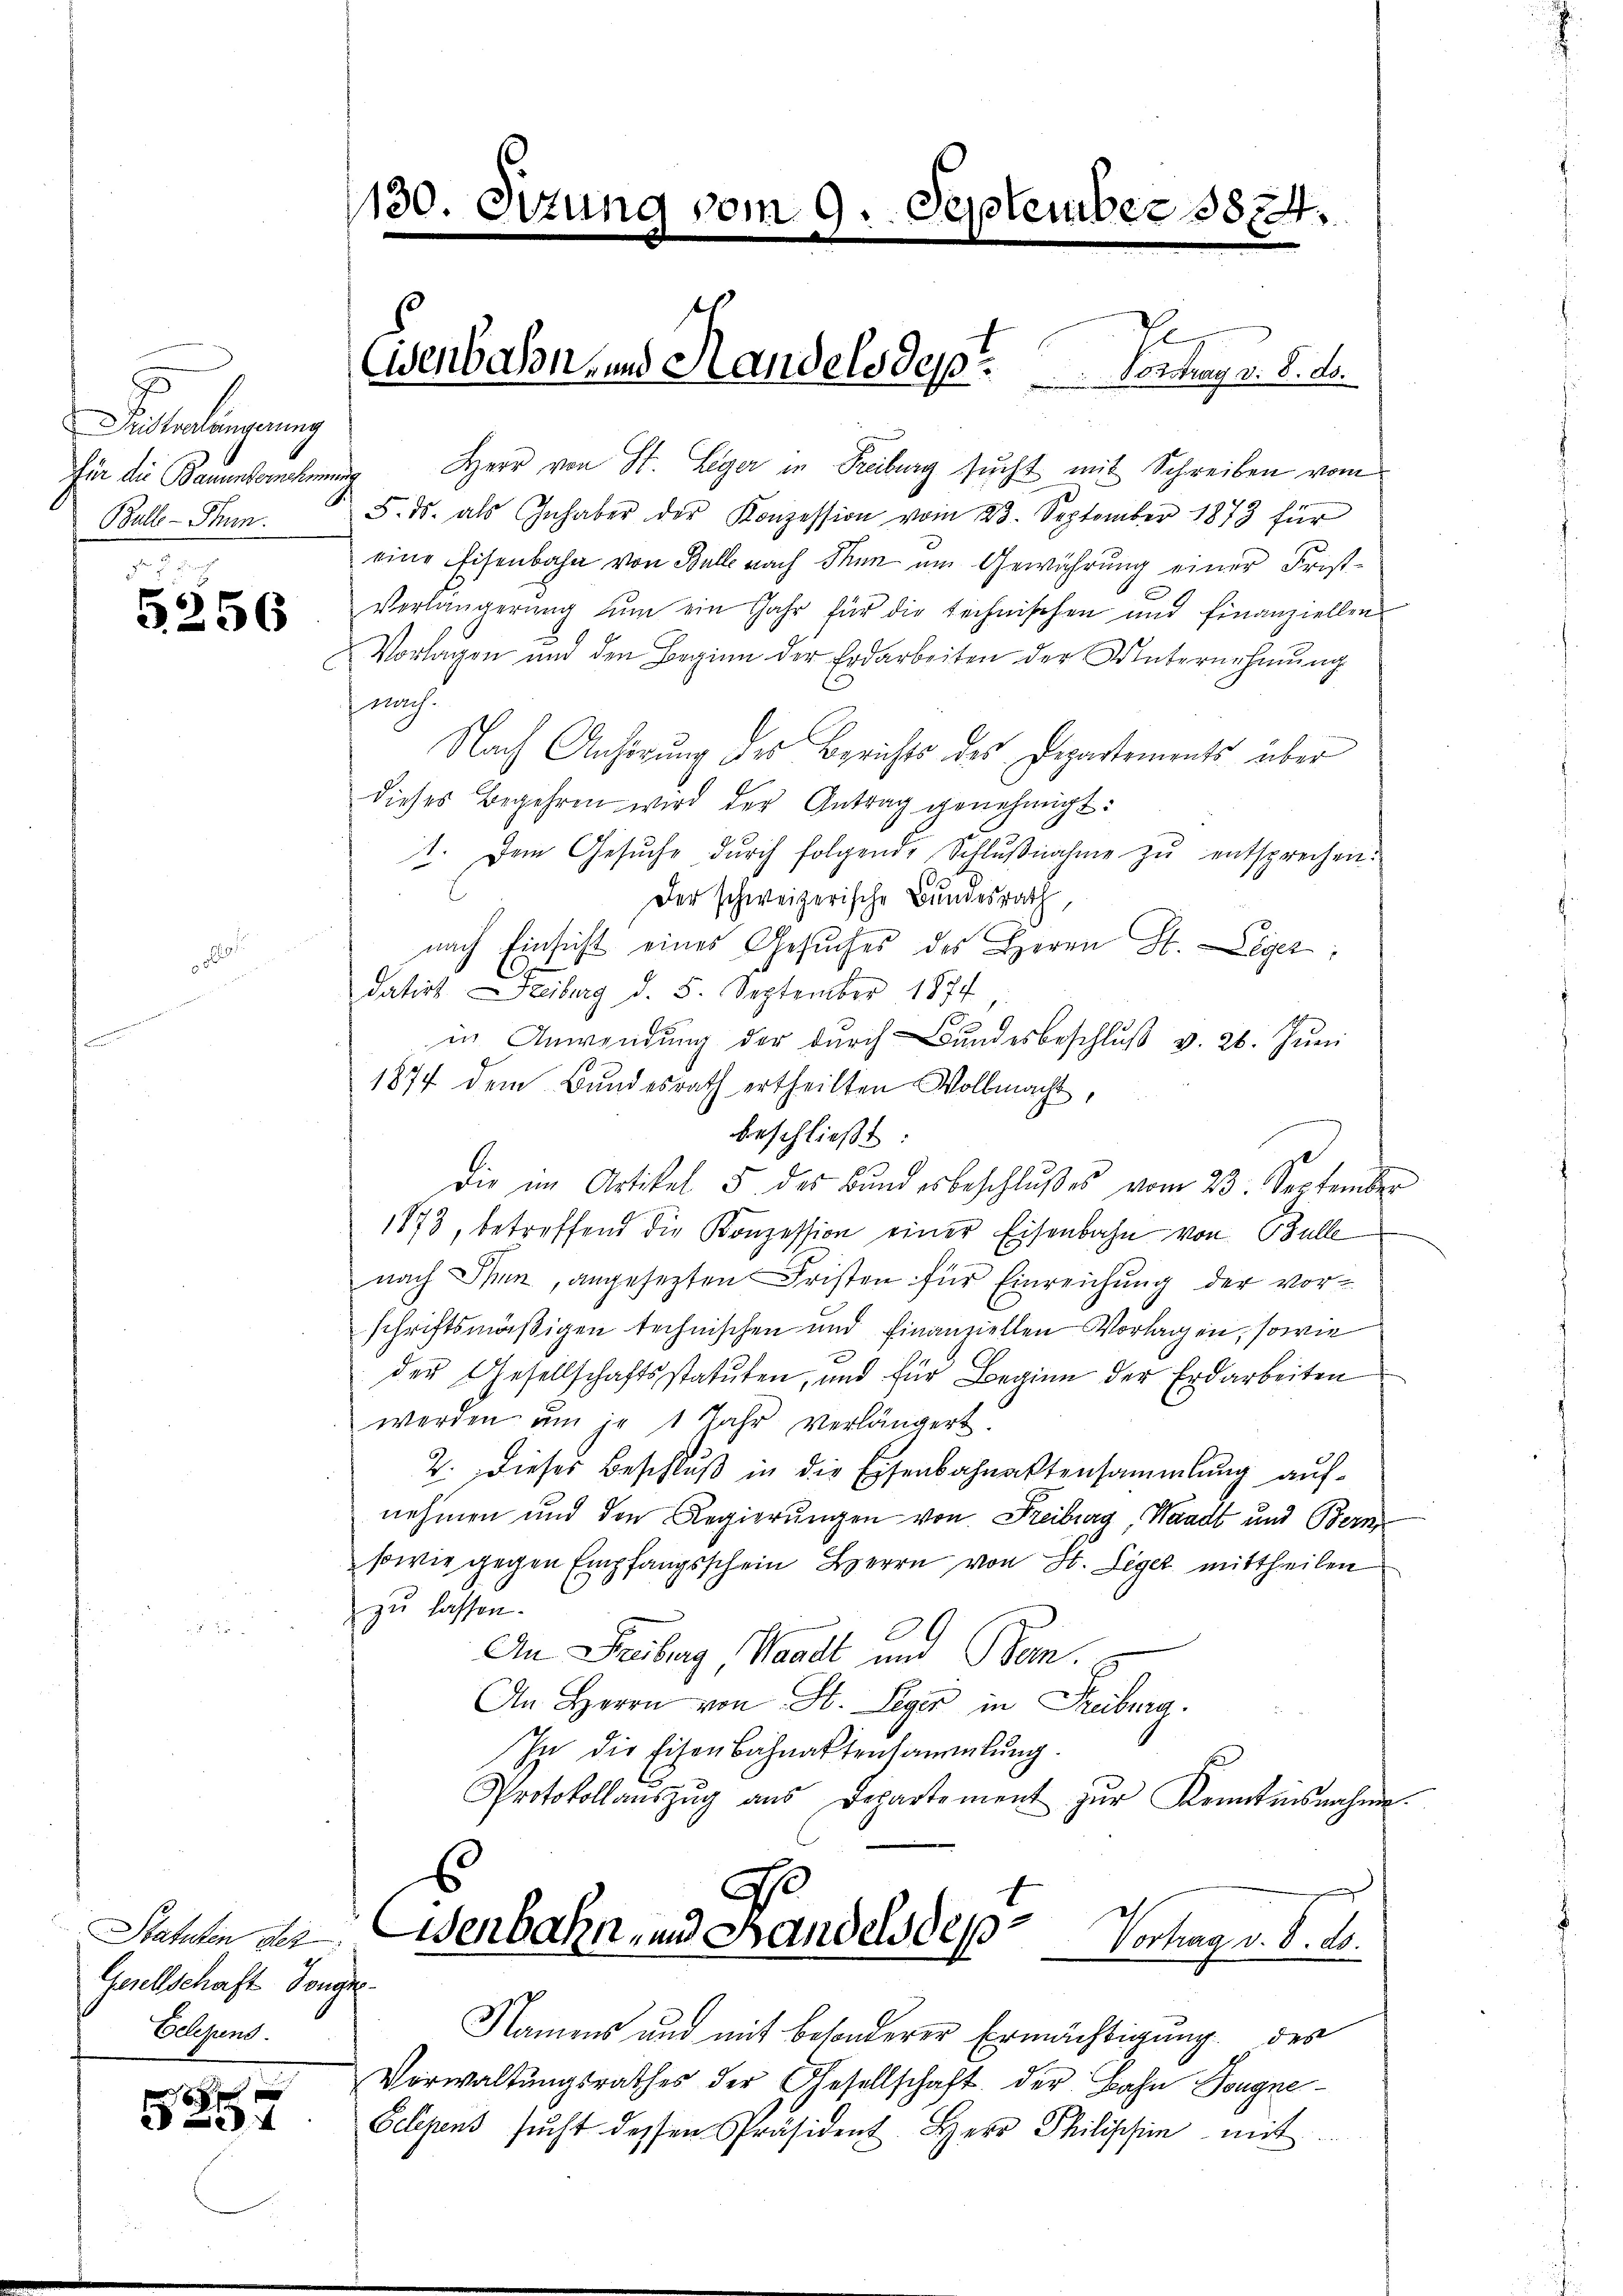
Dinterlängerung
für die Bauenvernehmen
Balle - Thun.

6
236

Statuten des
Gesellschaft Tonge
Eelegens.

5-32

130.

E
Herr von St. Leger in Reiburg sŭcht mit Schreiben vom
.
5. ds. als Inhaber der Konzession vom 23. September 1873 für
eine Eisenbahn von Balle nach Thun um Gewährung einer Frist¬
Verlängerung zum ein Jahr für die technischen und finanziellen
Vorlagen und den Beginn der Erdarbeiten der Unternehmung
fnach.
Nach Anhörung des Berichts des Departements über
dieses Begehren wird der Antrag genehmigt.
1. Dem Gesŭche dŭrch folgende Schlŭβnahme zŭ entsprechen.
Der schweizerische Bundesrath,
nach Einsicht eines Gesuches des Herrn St. Leger,
datirt Freiburg d. 5. September 1874
in Anwendung der durch Bundesbeschluß v. 26. Juni
1874 dem Bundesrath ertheilten Vollmacht,
beschließt
die im Artikel 5 des Bŭndesbeschlŭβes vom 23. September
1873, betreffend die Konzession einer Eisenbahn von Bulle
nach Schen, angesezten Fristen für Einreichung der vorschriftsmäßigen technischen und finanziellen Vorlagen, sowie
der Gesellschaftsstatuten, und für Beginn der Erdarbeiten
werden am je 1 Jahr verlängert.
2. Dieses Beschlŭβ in die Eisenbahnaktensammlung aŭf-
nehmen und den Regierungen von Freiburg, Waadt und Bern,
sowie gegen Empfangsschein Herrn von St. Leger mittheilen
zu lassen.
An Freiburg Waadt und Bem
An Herrn von St. Leger in Freiburg.
In die Eisenbahnaktensammlung.
Protokollaŭszŭg ans Departement zŭr Kenntnisnahme.
Cenbahn und Handelsdep
Vortrag v. 8. ds.
Namens und mit besonderer Ermächtigung des
Verwaltungsrathes der Gesellschaft der Bahn Tongne¬
Gelegens sucht dessen Präsident. Herr Philischein mit

vom 9. September 1874.

Cisenbahn, und Handels des . . . . . . . . . . Vortrag v. 8. ds.

ge